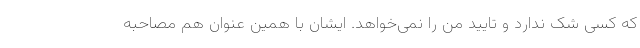
که کسی شک ندارد و تایید من را نمی‌خواهد. ایشان با همین عنوان هم مصاحبه